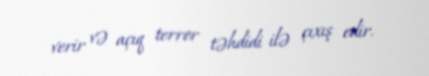
verir və açıq terror təhdidi ilə çıxış edir.